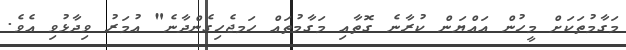
މަގާމުތަކަށް މީހުން އައްޔަން ކުރާނެ ގޮތާއި މަގާމުތައް ހަމޖެހިގެންދާނެ" އުމަރު ވިދާޅުވި އެވެ.